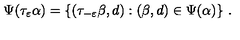
\Psi ( \tau _ { \varepsilon } \alpha ) = \{ ( \tau _ { - \varepsilon } \beta , d ) : ( \beta , d ) \in \Psi ( \alpha ) \} \ .